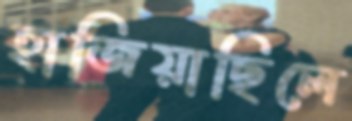
হাজিয়াছিলে